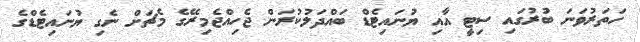
ހަތަރުވަނަ ބުރުގައި ސިޓީ އާއި ޔުނައިޓެޑް ބައްދަލުކުރަން ޖެހިއްޖެމިރޭގެ މެޗަށް ނެގި ޔުނައިޓެޑްގެ